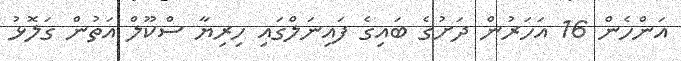
އަންހެން 16 އަހަރުން ދަށުގެ ބައިގެ ފައިނަލްގައި ހިރިޔާ ސްކޫލް އަތުން ގަލޮޅު